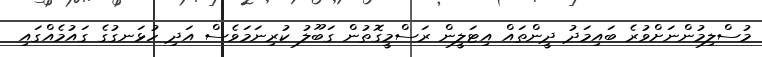
މުސްލިމުންނަށްވުރެ ބައިމަދު ދީންތައް އިޓަލީން ރަސްމީގޮތުން ގަބޫލު ކުރިނަމަވެސް އަދި ހުޅަނގުގެ ގައުމެއްގައި